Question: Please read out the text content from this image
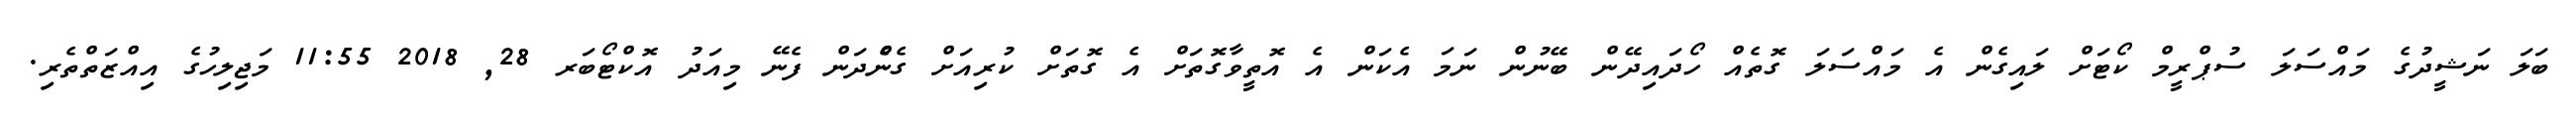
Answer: ބަލަ ނަޝީދުގެ މައްސަލަ ސުޕްރީމް ކޯޓަށް ލައިގެން އެ މައްސަލަ ގޮތެއް ހޯދައިދޭން ބޭނުން ނަމަ އެކަން އެ އޮތީވާގޮތަށް އެ ގޮތަށް ކުރިއަށް ގެންެދަން ފެނޭ މިއަދު އޮކްޓޯބަރ 28, 2018 11:55 މަޖިލިހުގެ އިއްޒަތްތެރި.